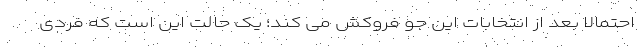
احتمالا بعد از انتخابات این جو فروکش می کند؛ یک حالت این است که فردی